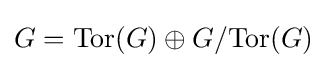
G=\mathrm {Tor} (G)\oplus G/\mathrm {Tor} (G)